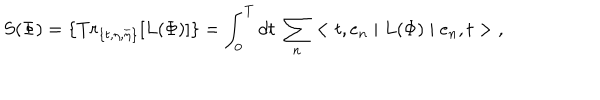
S ( \Phi ) = \{ T r _ { \{ t , \eta , \overline { { { \eta } } } \} } [ L ( \Phi ) ] \} = \int _ { 0 } ^ { T } d t \; \sum _ { n } < t , e _ { n } \mid L ( \Phi ) \mid e _ { n } , t > \; ,